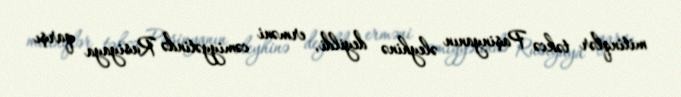
mitinqlər təkcə Paşinyanın əleyhinə deyildi, erməni cəmiyyətində Rusiyaya qarşı